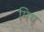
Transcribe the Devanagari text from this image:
मिथ्